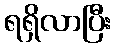
ရရှိလာပြီး